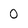
Character: 0